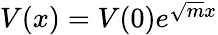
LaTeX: \begin{array}{r}{V(x)=V(0)e^{\sqrt{m}x}}\end{array}